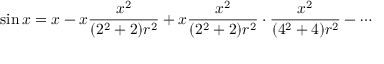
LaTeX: \sin x = x - x { \frac { x ^ { 2 } } { ( 2 ^ { 2 } + 2 ) r ^ { 2 } } } + x { \frac { x ^ { 2 } } { ( 2 ^ { 2 } + 2 ) r ^ { 2 } } } \cdot { \frac { x ^ { 2 } } { ( 4 ^ { 2 } + 4 ) r ^ { 2 } } } - \cdots